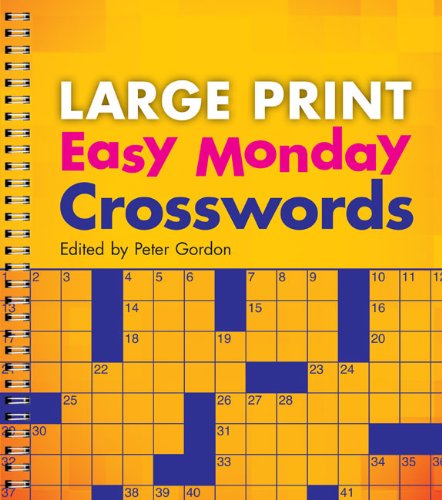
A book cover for Large Print Easy Monday Crosswords (Large Print Crosswords); Humor & Entertainment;